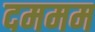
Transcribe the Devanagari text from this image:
दममम